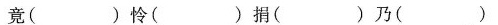
竟( )怜( )捐( )乃( )